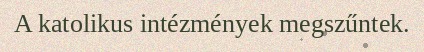
A katolikus intézmények megszűntek.